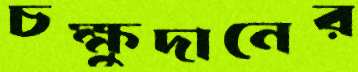
চক্ষুদানের